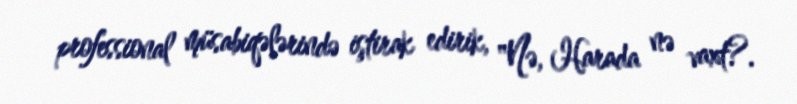
professional müsabiqələrində iştirak edirik, "Nə, Harada nə vaxt?.